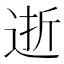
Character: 逝